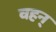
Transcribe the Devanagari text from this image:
वहन्